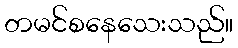
တမင်စနေသေးသည်။